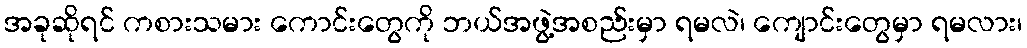
အခုဆိုရင် ကစားသမား ကောင်းတွေကို ဘယ်အဖွဲ့အစည်းမှာ ရမလဲ၊ ကျောင်းတွေမှာ ရမလား၊